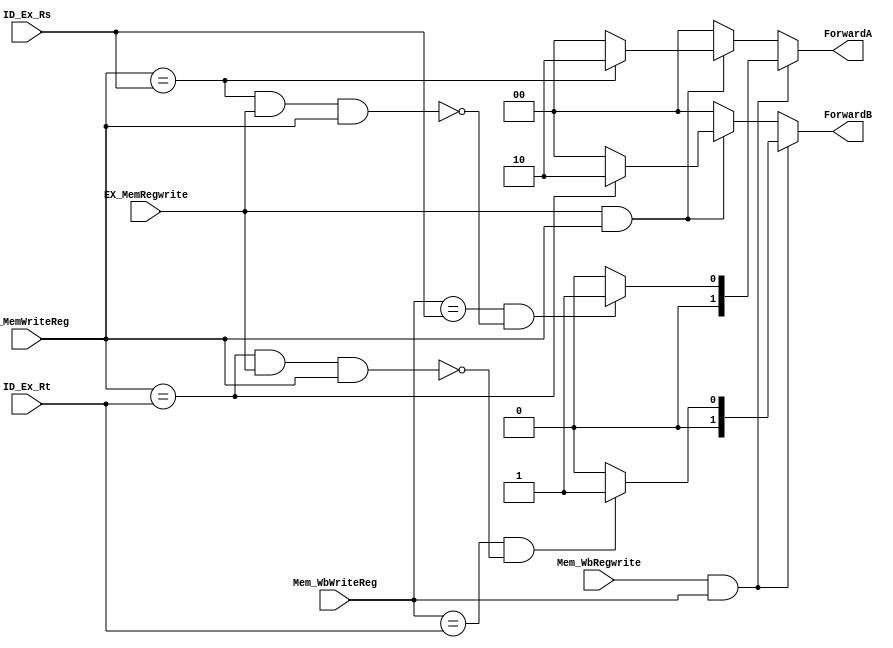
module ForwardingUnit (EX_MemRegwrite,EX_MemWriteReg,Mem_WbRegwrite,Mem_WbWriteReg,ID_Ex_Rs,ID_Ex_Rt,ForwardA,ForwardB);
  
  input EX_MemRegwrite, Mem_WbRegwrite;
  input [4:0] EX_MemWriteReg , Mem_WbWriteReg, ID_Ex_Rs, ID_Ex_Rt;
  output reg [1:0] ForwardA, ForwardB;
  
  always@(EX_MemRegwrite or EX_MemWriteReg or Mem_WbRegwrite or Mem_WbWriteReg or ID_Ex_Rs or ID_Ex_Rt)
    
    begin
      ForwardA<=2'b00;
      ForwardB<=2'b00;
      if(EX_MemRegwrite && EX_MemWriteReg)  //1,2
        begin
          if (EX_MemWriteReg==ID_Ex_Rs)
            ForwardA<=2'b10;
          else 
            ForwardA<=2'b00;
            
          if(EX_MemWriteReg==ID_Ex_Rt)
            ForwardB<=2'b10;
          else 
          ForwardB<=2'b00;
            
        end
        
        
        
      
      if (Mem_WbRegwrite && Mem_WbWriteReg)   //1,3
        begin
          if ((Mem_WbWriteReg==ID_Ex_Rs) && (~((EX_MemWriteReg==ID_Ex_Rs) &&EX_MemRegwrite && EX_MemWriteReg)))
            begin
            ForwardA<=2'b01;
            end
          else 
          begin
          ForwardA<=2'b00;
          end
            

            
          if((Mem_WbWriteReg==ID_Ex_Rt) && (~((EX_MemWriteReg==ID_Ex_Rt) &&EX_MemRegwrite && EX_MemWriteReg )))
          begin
            ForwardB<=2'b01;
          end

          else 
          begin
          ForwardB<=2'b00;
          end

          
        end
      

        
      
      
    end
  
endmodule